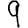
Digit: 9